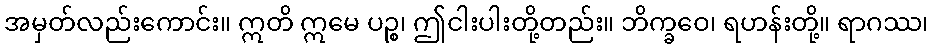
အမှတ်လည်းကောင်း။ ဣတိ ဣမေ ပဉ္စ၊ ဤငါးပါးတို့တည်း။ ဘိက္ခဝေ၊ ရဟန်းတို့။ ရာဂဿ၊